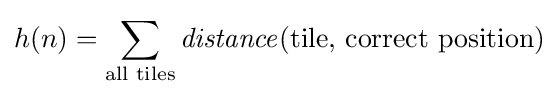
h(n)=\sum _{\text{all tiles}}{\mathit {distance}}({\text{tile, correct position}})